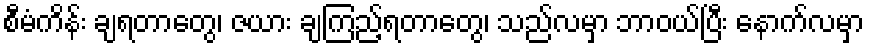
စီမံကိန်း ချရတာတွေ၊ ဇယား ချကြည့်ရတာတွေ၊ သည်လမှာ ဘာဝယ်ပြီး နောက်လမှာ